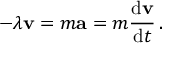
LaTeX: - \lambda \mathbf { v } = m \mathbf { a } = m { \frac { \mathrm { d } \mathbf { v } } { \mathrm { d } t } } \, .